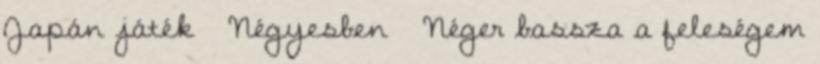
Japán játék ▪ Négyesben ▪ Néger bassza a feleségem